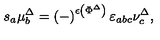
s _ { a } \mu _ { b } ^ { \Delta } = \left( - \right) ^ { \epsilon \left( \Phi ^ { \Delta } \right) } \varepsilon _ { a b c } \nu _ { c } ^ { \Delta } ,